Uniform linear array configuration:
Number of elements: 4
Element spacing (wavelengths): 1
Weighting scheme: blackman
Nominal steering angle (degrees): -30
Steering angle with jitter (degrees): -29.965
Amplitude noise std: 0.05
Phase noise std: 0.05

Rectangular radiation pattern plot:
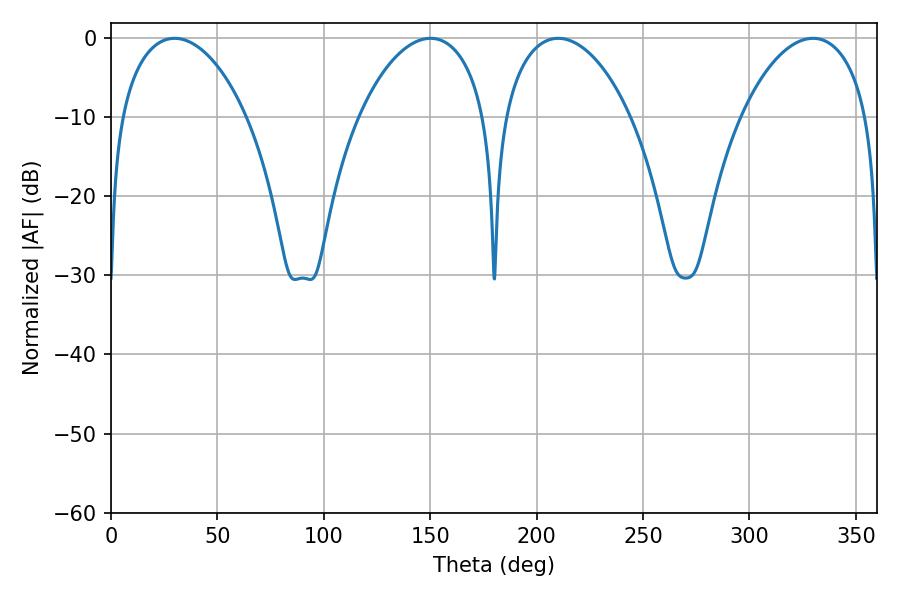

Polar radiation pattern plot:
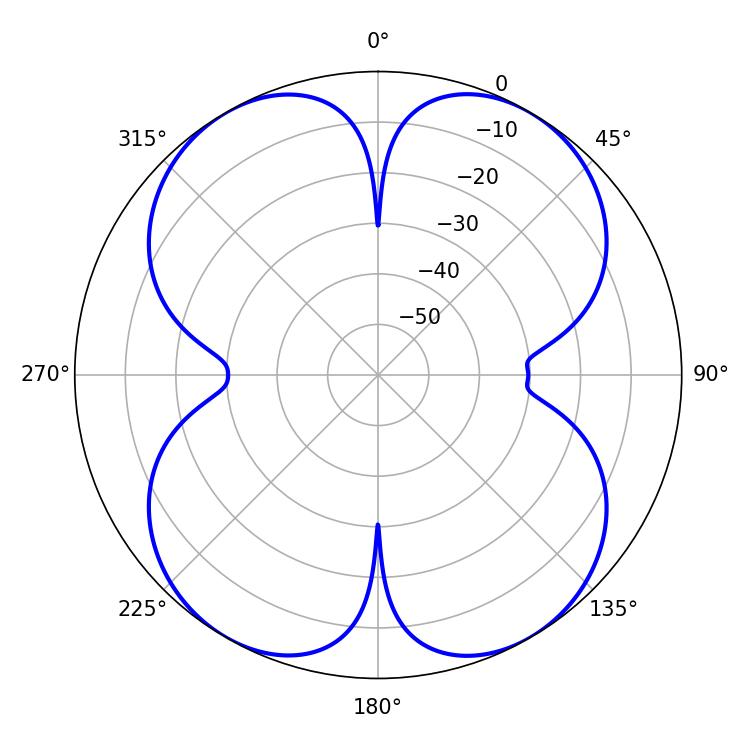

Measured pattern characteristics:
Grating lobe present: TRUE
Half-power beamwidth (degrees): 34.02
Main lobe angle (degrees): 29.88